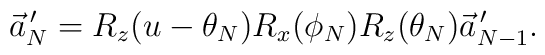
\vec a^{\,\prime}_N=R_z(u-\theta_N) R_x(\phi_N)  R_z(\theta_N) \vec a^{\,\prime}_{N-1}.